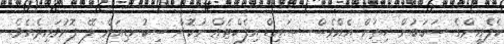
ކެފެއިންގެ ސަބަބުން ހިތަށް އެއްވެސް ސައިޑް އިފެކްޓެއް ނުކޮށް ސިކުނޑިއަށް ލޭ ފޮނުވައިދެއެވެ.